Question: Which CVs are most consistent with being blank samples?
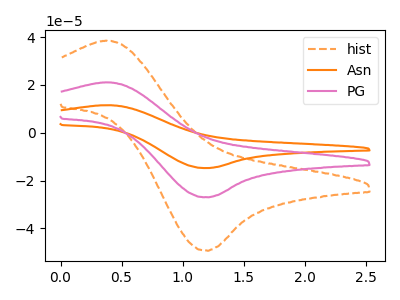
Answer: <think>The orange dashed curve "hist" has an anodic peak at (0.35V, 38.50uA) and a cathodic peak at (1.20V, -49.35uA). The orange curve "Asn" has an anodic peak at (0.35V, 42.15uA) and a cathodic peak at (1.20V, -54.05uA). The pink curve "PG" has an anodic peak at (0.35V, 21.10uA) and a cathodic peak at (1.20V, -27.00uA).</think>
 <answer>There are not any CV's on this graph that are likely to be blanks.</answer>
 <eval>none</eval>